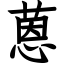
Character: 蒽